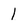
Character: I